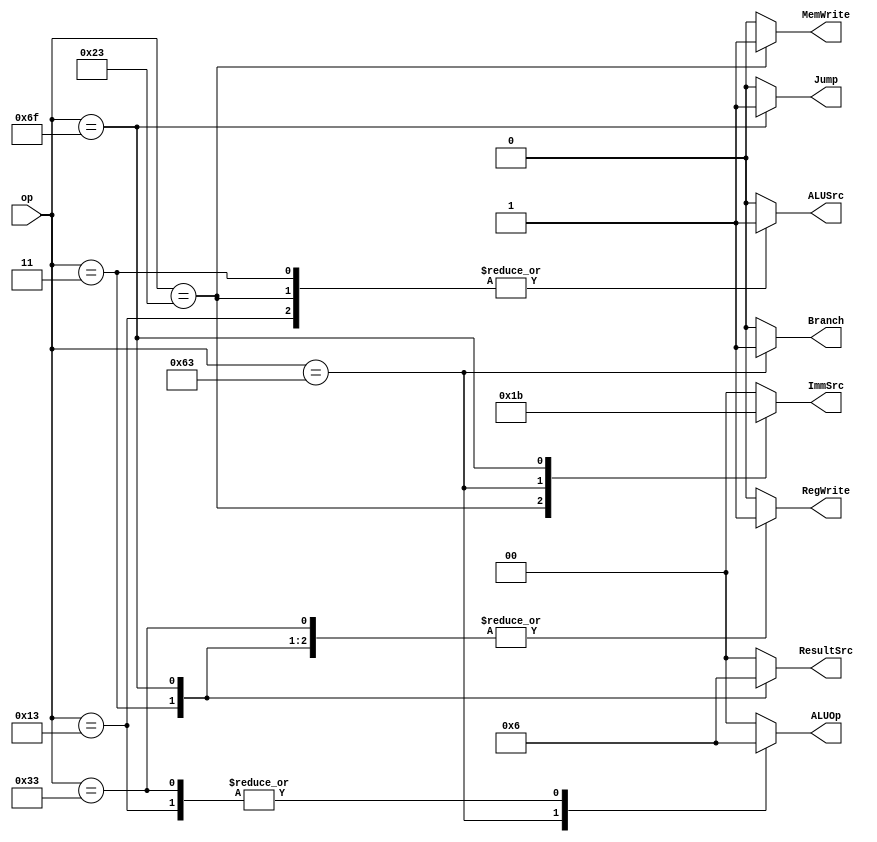
module main_decoder (
    input  wire [6:0] op,
    output reg        RegWrite,ALUSrc,Jump,
    output reg        MemWrite,Branch,
    output reg  [1:0] ImmSrc,ALUOp,ResultSrc               
);


always@(*)
   begin
    RegWrite    ='b0;
    ImmSrc      ='b0;
    ALUSrc      ='b0;
    MemWrite    ='b0;
    ResultSrc   ='b0;
    Branch      ='b0;
    ALUOp       ='b0;
    Jump        ='b0;

    case (op)
    7'b0000_011: begin      // lw
                RegWrite    ='b1;
                ImmSrc      ='b00;
                ALUSrc      ='b1;
                MemWrite    ='b0;
                ResultSrc   ='b01;
                Branch      ='b0;
                ALUOp       ='b00;
                Jump        ='b0;
                    end

    7'b0100_011: begin      // sw
                RegWrite    ='b0;
                ImmSrc      ='b01;
                ALUSrc      ='b1;
                MemWrite    ='b1;
                Branch      ='b0;
                ALUOp       ='b00;
                Jump        ='b0;
                    end

    7'b0110_011: begin      //R-type
                RegWrite    ='b1;
                ALUSrc      ='b0;
                MemWrite    ='b0;
                ResultSrc   ='b00;
                Branch      ='b0;
                ALUOp       ='b10;
                Jump        ='b0;
                    end

    7'b1100_011: begin      //beq
                RegWrite    ='b0;
                ImmSrc      ='b10;
                ALUSrc      ='b0;
                MemWrite    ='b0;
                Branch      ='b1;
                ALUOp       ='b01;
                Jump        ='b0;
                    end

    7'b0010_011: begin      // I-Type 
                RegWrite    ='b1;
                ImmSrc      ='b00;
                ALUSrc      ='b1;
                MemWrite    ='b0;
                ResultSrc   ='b00;
                Branch      ='b0;
                ALUOp       ='b10;
                Jump        ='b0;
                    end


    7'b1101_111: begin      // jal
                RegWrite    ='b1;
                ImmSrc      ='b11;
                MemWrite    ='b0;
                ResultSrc   ='b10;
                Branch      ='b0;
                Jump        ='b1;
                    end

    default     : begin
                RegWrite    ='b0;
                ImmSrc      ='b00;
                ALUSrc      ='b0;
                MemWrite    ='b0;
                ResultSrc   ='b0;
                Branch      ='b0;
                ALUOp       ='b00;
                Jump        ='b0;

                    end

    endcase
   end
endmodule